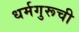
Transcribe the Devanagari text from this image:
धर्मगुरूची